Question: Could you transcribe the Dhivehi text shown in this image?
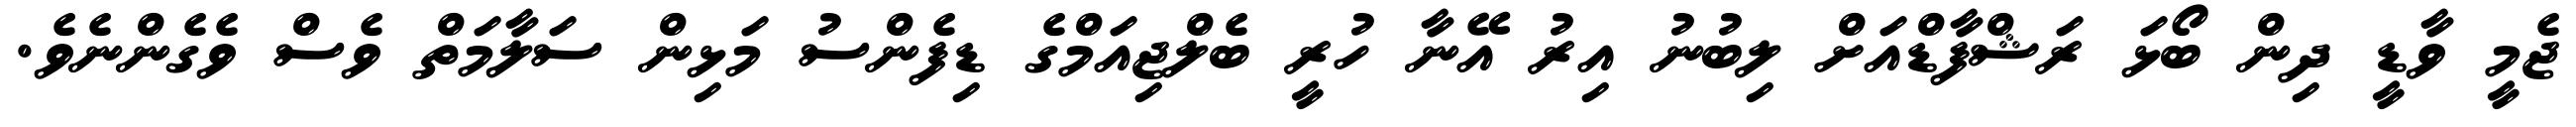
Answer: ޖެމީ ވާޑީ ދިން ބޯޅަ ރަޝްފާޑްއަށް ލިބުނު އިރު އޭނާ ހުރީ ބެލްޖިއަމްގެ ޑިފެންސު މަޅިން ސަލާމަތް ވެސް ވެގެންނެވެ.